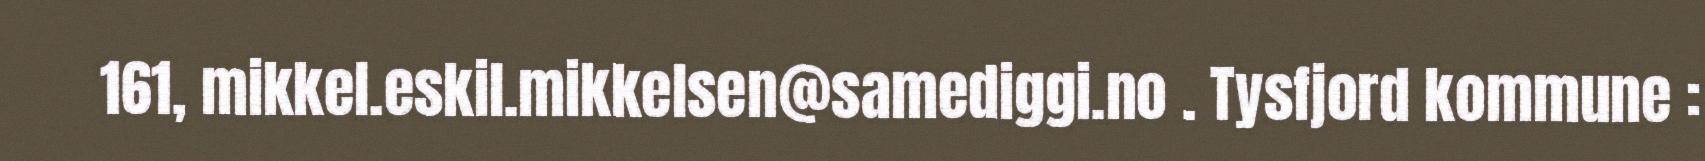
161, mikkel.eskil.mikkelsen@samediggi.no . Tysfjord kommune :